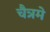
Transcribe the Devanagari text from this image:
चैत्रमे